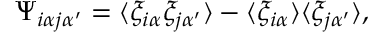
\Psi _ { i \alpha j \alpha ^ { \prime } } = \langle \xi _ { i \alpha } \xi _ { j \alpha ^ { \prime } } \rangle - \langle \xi _ { i \alpha } \rangle \langle \xi _ { j \alpha ^ { \prime } } \rangle ,